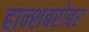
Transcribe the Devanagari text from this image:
हान्शबरोबर